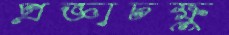
প্রজ্ঞাচক্ষু